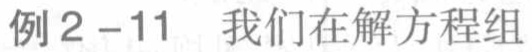
例2 -11 我们在解方程组